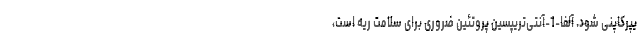
یپرکاپنی شود. آلفا-1-آنتی‌تریپسین پروتئین ضروری برای سلامت ریه است،